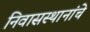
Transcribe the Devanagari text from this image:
निवासस्थानांचे